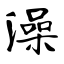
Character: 澡